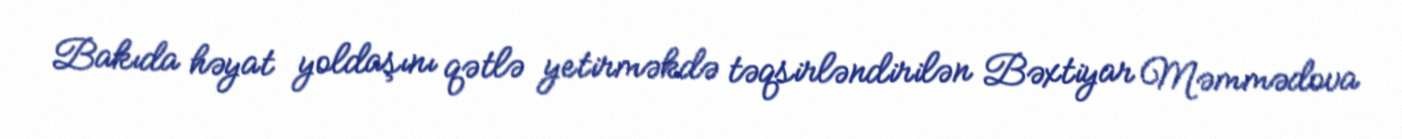
Bakıda həyat yoldaşını qətlə yetirməkdə təqsirləndirilən Bəxtiyar Məmmədova